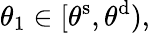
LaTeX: \theta_{1}\in[\theta^{\mathrm{s}},\theta^{\mathrm{d}}),